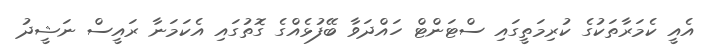
އެއީ ކެމަރާތަކުގެ ކުރިމަތީގައި ސްޓަންޓް ހައްދަވާ ބޭފުޅެއްގެ ގޮތުގައި އެކަމަނާ ރައީސް ނަޝީދު